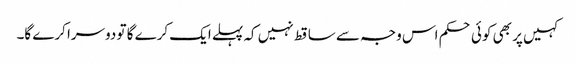
کہیں پر بھی کوئی حکم اس وجہ سے ساقط نہیں کہ پہلے ایک کرے گا تو دوسرا کرے گا۔